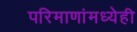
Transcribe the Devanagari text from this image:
परिमाणांमध्येही